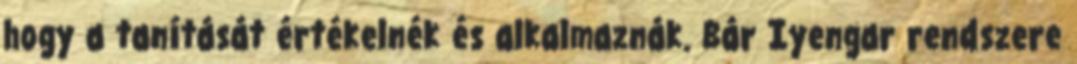
hogy a tanítását értékelnék és alkalmaznák. Bár Iyengar rendszere